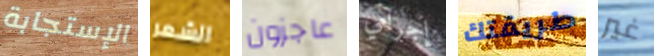
الإستجابة الشعر عاجزون إجرامي طريقتك غير